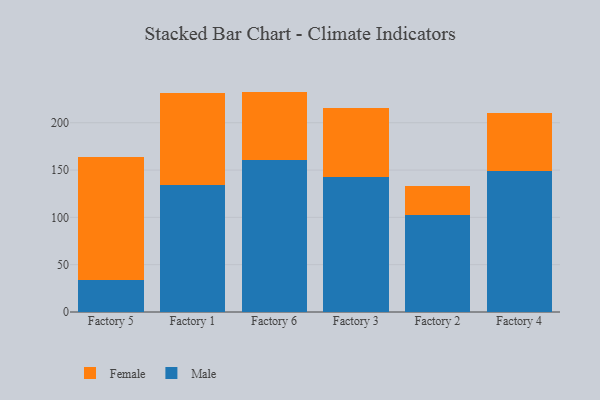
{"axis": {"x": "Factory", "y": "Waste Production (Tons)"}, "legend": ["Female", "Male"], "data": [{"x": "Factory 5", "y": 34.2, "type": "Male"}, {"x": "Factory 5", "y": 129.8, "type": "Female"}, {"x": "Factory 1", "y": 134.3, "type": "Male"}, {"x": "Factory 1", "y": 96.8, "type": "Female"}, {"x": "Factory 6", "y": 161.1, "type": "Male"}, {"x": "Factory 6", "y": 71.8, "type": "Female"}, {"x": "Factory 3", "y": 142.5, "type": "Male"}, {"x": "Factory 3", "y": 73.5, "type": "Female"}, {"x": "Factory 2", "y": 102.2, "type": "Male"}, {"x": "Factory 2", "y": 30.9, "type": "Female"}, {"x": "Factory 4", "y": 149.5, "type": "Male"}, {"x": "Factory 4", "y": 60.4, "type": "Female"}]}